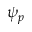
\psi _ { p }